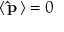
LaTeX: \left\langle \, \mathbf { \hat { p } } \, \right\rangle = 0